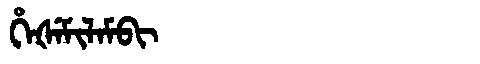
Manchu: ᡥᡝᡧᡝᠮᡳᠯᠠᠮᠪᡳ
Romanization: HEŠEMILAMBI